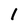
Character: 1